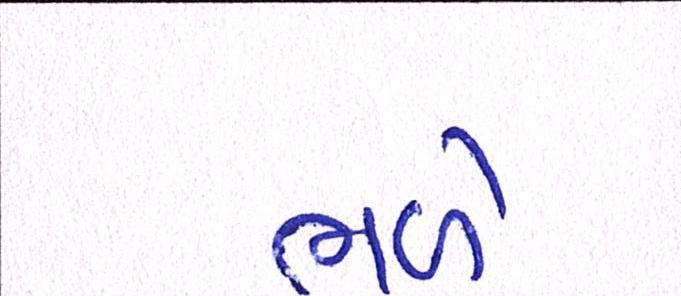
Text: ભળે